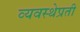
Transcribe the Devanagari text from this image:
व्यवस्थेप्रती